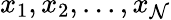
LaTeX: x_{1},x_{2},...,x_{\mathcal{N}}